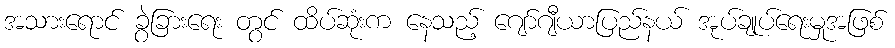
အသားရောင် ခွဲခြားရေး တွင် ထိပ်ဆုံးက နေသည့် ဂျော်ဂျီယာပြည်နယ် အုပ်ချုပ်ရေးမှုအဖြစ်